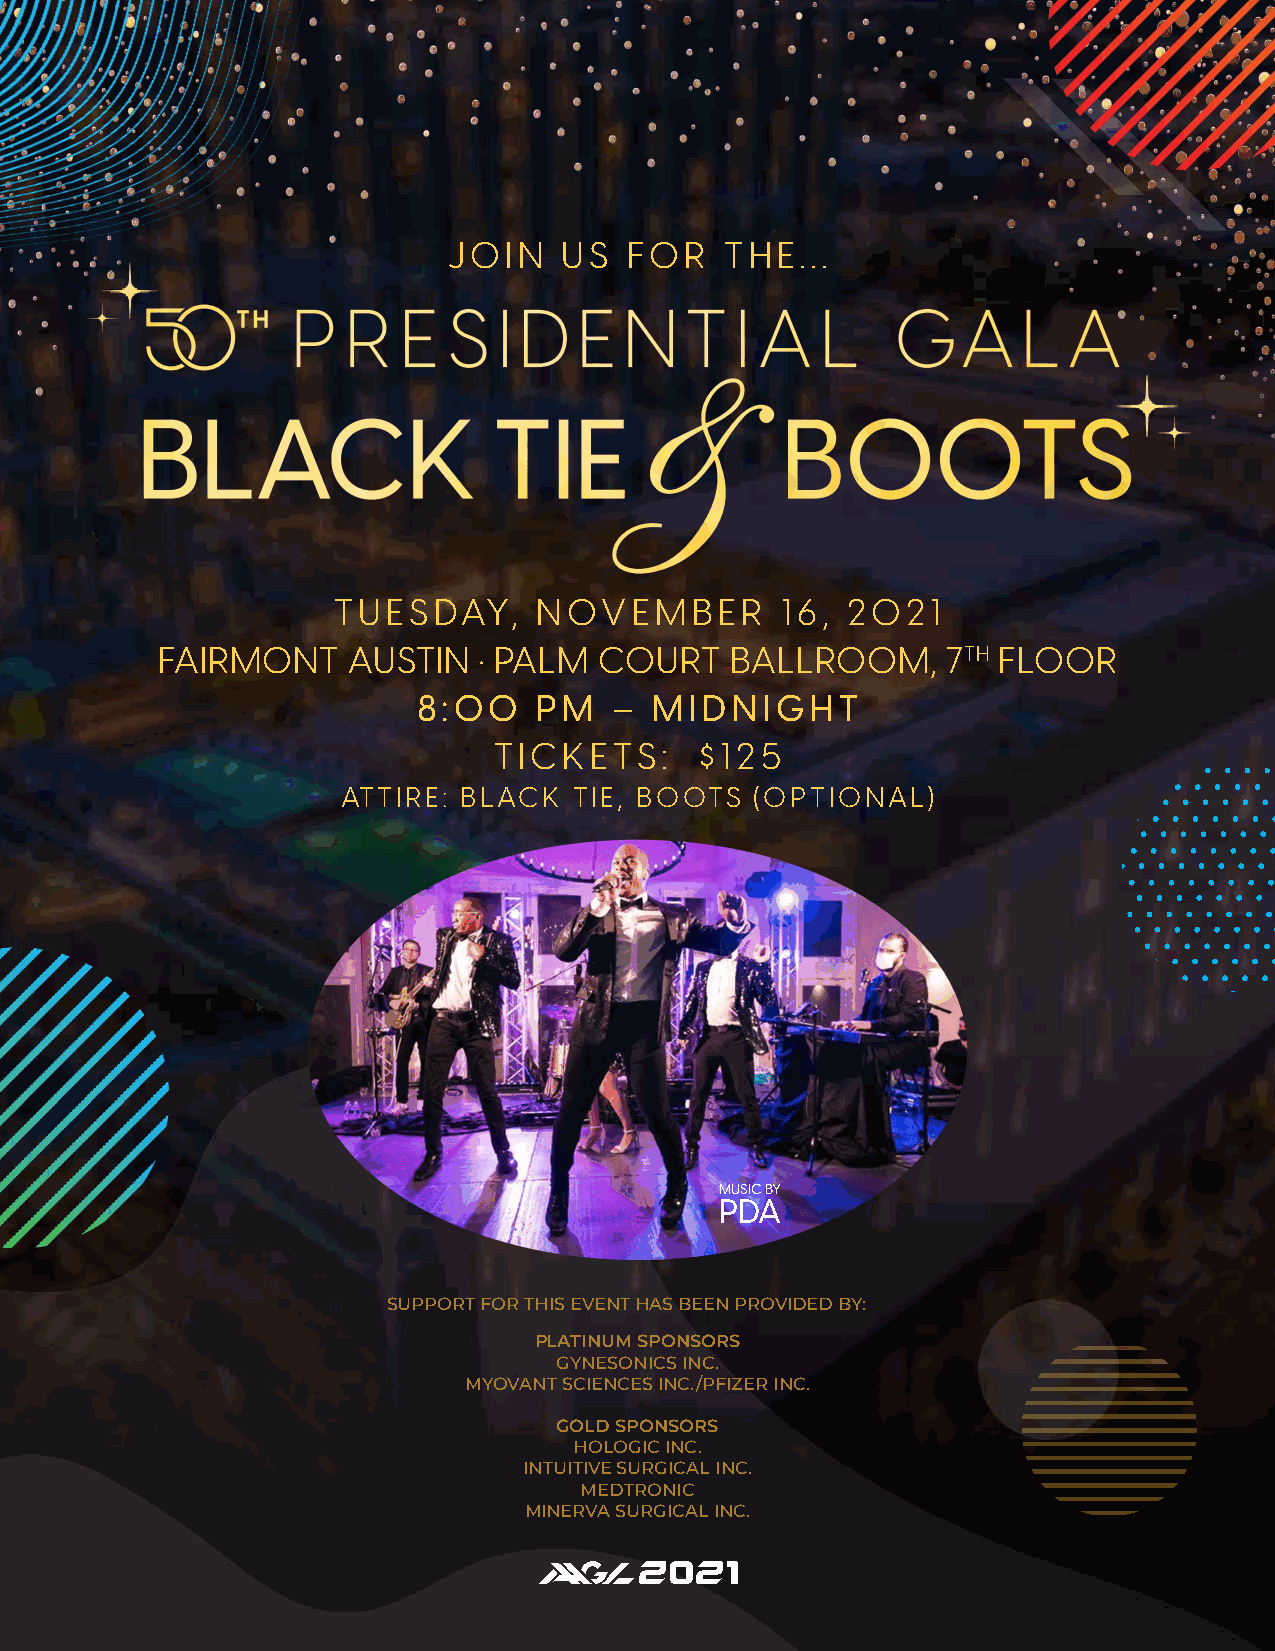
JOIN   US   FOR   THE...
 TUESDAY,      NOVEMBER        16, 2021
 FAIRMONT     AUSTIN   • PALM  COURT   BALLROOM,      7TH FLOOR
 8:00    PM   – MIDNIGHT
 TICKETS:     $125
 ATTIRE: BLACK  TIE, BOOTS  (OPTIONAL)
 zzzzzv
 MUSIC BY
 PDA
 SUPPORT FOR THIS EVENT HAS BEEN PROVIDED BY:
 PLATINUM SPONSORS
 GYNESONICS INC.
 MYOVANT SCIENCES INC./PFIZER INC.
 GOLD SPONSORS
 HOLOGIC INC.
 INTUITIVE SURGICAL INC.
 MEDTRONIC
 MINERVA SURGICAL INC.